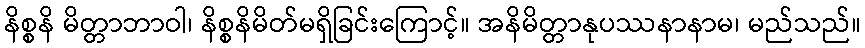
နိစ္စနိ မိတ္တာဘာဝါ၊ နိစ္စနိမိတ်မရှိခြင်းကြောင့်။ အနိမိတ္တာနုပဿနာနာမ၊ မည်သည်။